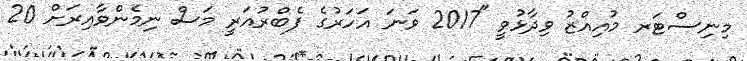
މިނިސްޓަރ މުއިއްޒު ވިދާޅުވީ "2017 ވަނަ އަހަރުގެ ފެބްރުއަރީ މަސް ނިމެންވާއިރަށް 20